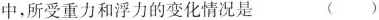
中，所受重力和浮力的变化情况是 （ ）